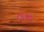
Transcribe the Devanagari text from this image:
८६१५